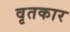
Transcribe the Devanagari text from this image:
वृतकार